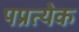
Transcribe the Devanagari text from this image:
पप्रत्येक